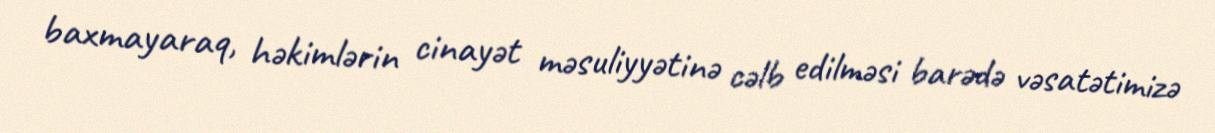
baxmayaraq, həkimlərin cinayət məsuliyyətinə cəlb edilməsi barədə vəsatətimizə